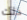
ذلك